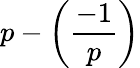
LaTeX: p-\left({\frac{-1}{p}}\right)